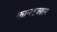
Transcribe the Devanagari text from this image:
कान्स्ट्रक्शन